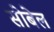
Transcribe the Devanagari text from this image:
सोबेल